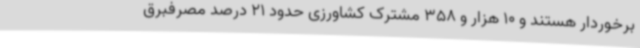
برخوردار هستند و 10 هزار و 358 مشترک کشاورزی حدود 21 درصد مصرفبرق